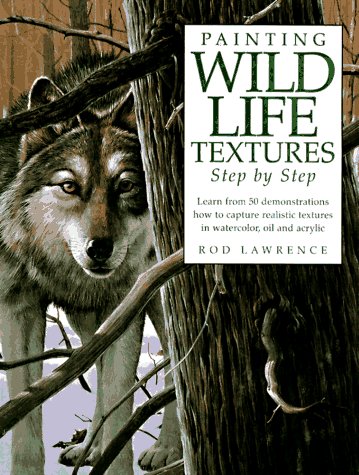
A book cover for Painting Wildlife Textures Step by Step; Rod Lawrence; Arts & Photography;